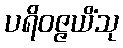
ပရိဝဇ္ဇယိံသု